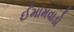
ઈમામવાડો